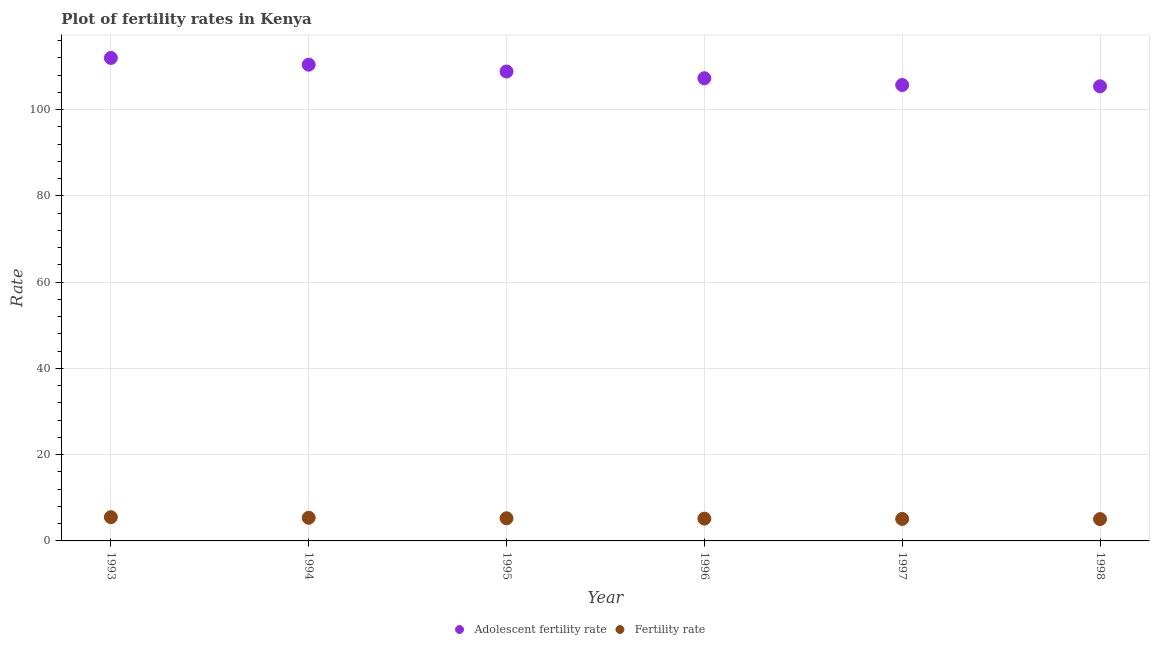
| Year | Adolescent fertility rate | Fertility rate |
 | --- | --- | --- |
 | 1993 | 112 | 5.51 |
 | 1994 | 110 | 5.37 |
 | 1995 | 109 | 5.25 |
 | 1996 | 107 | 5.17 |
 | 1997 | 106 | 5.1 |
 | 1998 | 105 | 5.06 |